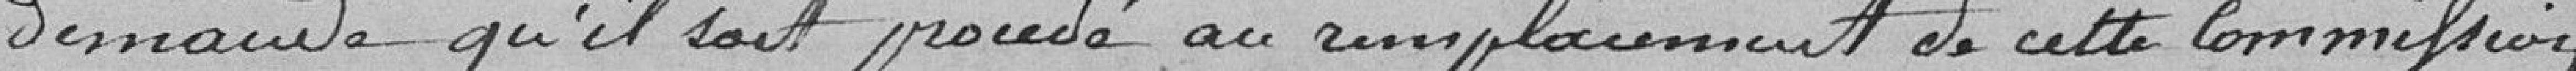
demande qu'il soit procédé au remplacement de cette commission.